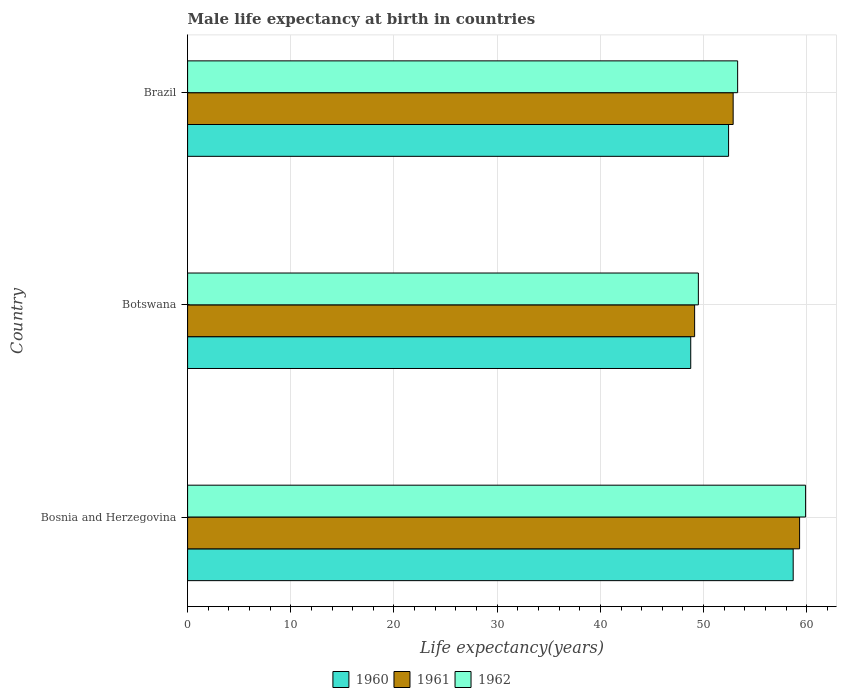
| Country | 1960 | 1961 | 1962 |
 | --- | --- | --- | --- |
 | Bosnia and Herzegovina | 58.7 | 59.3 | 59.9 |
 | Botswana | 48.8 | 49.1 | 49.5 |
 | Brazil | 52.4 | 52.9 | 53.3 |